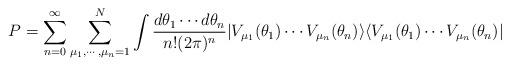
LaTeX: \begin{align*}P = \sum_{n=0}^{\infty} \sum_{\mu_1,\cdots,\mu_n=1}^{N}\int{\frac{{d\theta_1}\cdots{d\theta_n}}{{n!}(2\pi)^n}| V_{\mu_1}(\theta_1)\cdots V_{\mu_n}(\theta_n) \rangle \langle V_{\mu_1}(\theta_1)\cdots V_{\mu_n}(\theta_n)|}\end{align*}